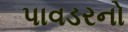
પાવડરનો